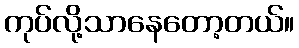
ကုပ်လို့သာနေတော့တယ်။